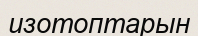
изотоптарын